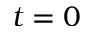
t = 0